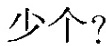
少个？